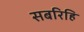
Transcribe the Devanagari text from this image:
सबरिहि